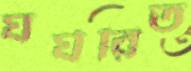
ঘর্ঘরিত